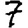
Digit: 7